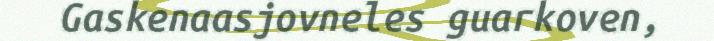
Gaskenaasjovneles guarkoven,